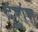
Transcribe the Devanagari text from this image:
दूरांत